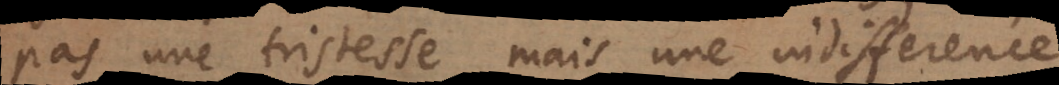
pas une tristesse mais une indifference